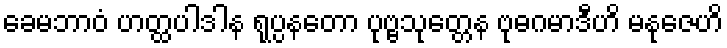
ခေမဘာဝံ ဟတ္ထပါဒါန ရုပ္ပနတော ပုဗ္ဗသုတ္တေန ဗုဓဂမာဒီဟိ မနုဇေဟိ